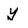
Character: y